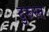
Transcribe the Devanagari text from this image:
दुरूस्‍त